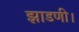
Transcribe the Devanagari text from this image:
झाडणी।